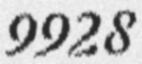
9928